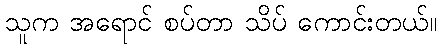
သူက အရောင် စပ်တာ သိပ် ကောင်းတယ်။